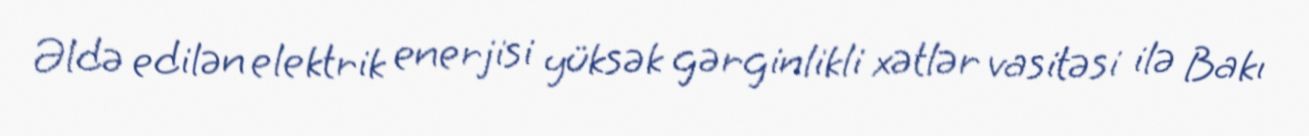
Əldə edilən elektrik enerjisi yüksək gərginlikli xətlər vasitəsi ilə Bakı